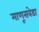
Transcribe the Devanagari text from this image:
माणूसवेडा